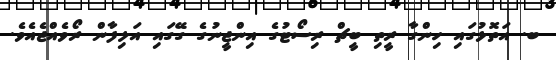
ބ. އަތޮޅުގައި ހިންގާ ރީތި ބީޗް ރިސޯޓުގެ އިންޖީނުގެ ގޭގައި އަލިފާން ރޯވެއްޖެއެވެ.